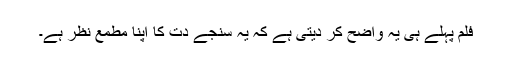
فلم پہلے ہی یہ واضح کر دیتی ہے کہ یہ سنجے دت کا اپنا مطمع نظر ہے۔